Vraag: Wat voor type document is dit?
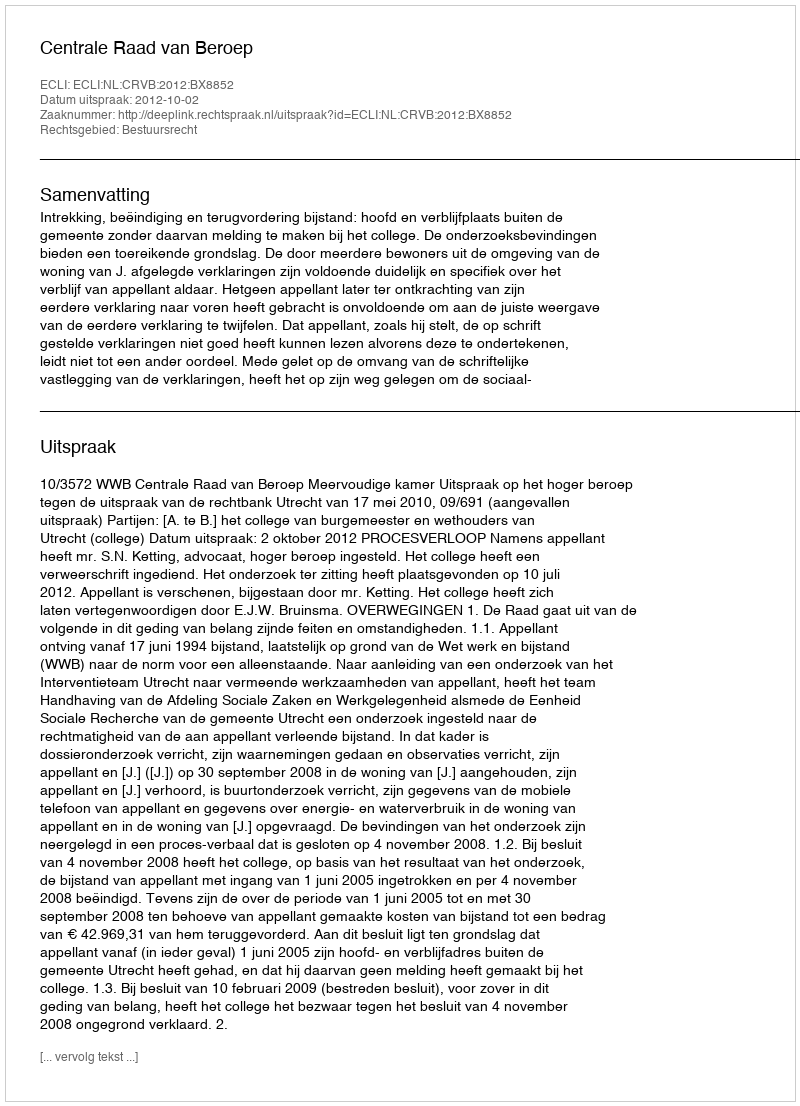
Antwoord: Uitspraak